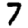
Digit: 7